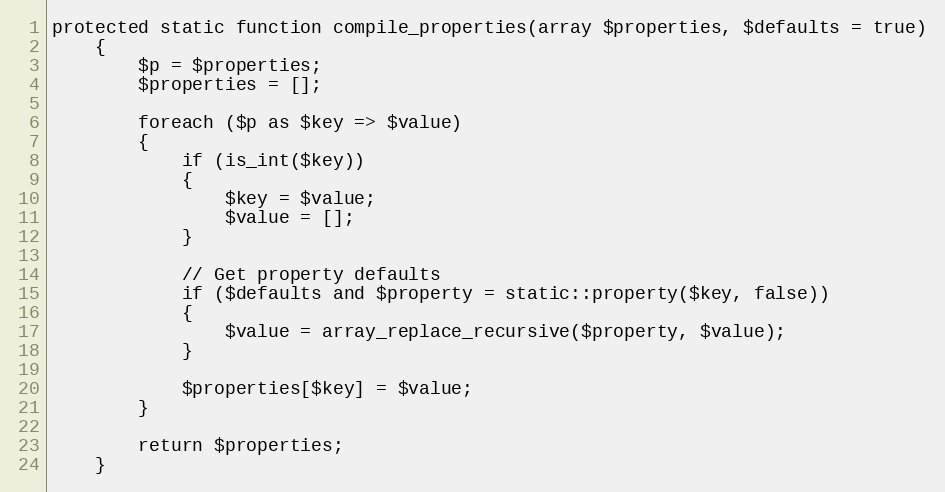
Language: PHP
protected static function compile_properties(array $properties, $defaults = true)
	{
		$p = $properties;
		$properties = [];

		foreach ($p as $key => $value)
		{
			if (is_int($key))
			{
				$key = $value;
				$value = [];
			}

			// Get property defaults
			if ($defaults and $property = static::property($key, false))
			{
				$value = array_replace_recursive($property, $value);
			}

			$properties[$key] = $value;
		}

		return $properties;
	}